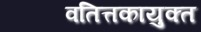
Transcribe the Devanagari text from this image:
वतित्तकायुक्त